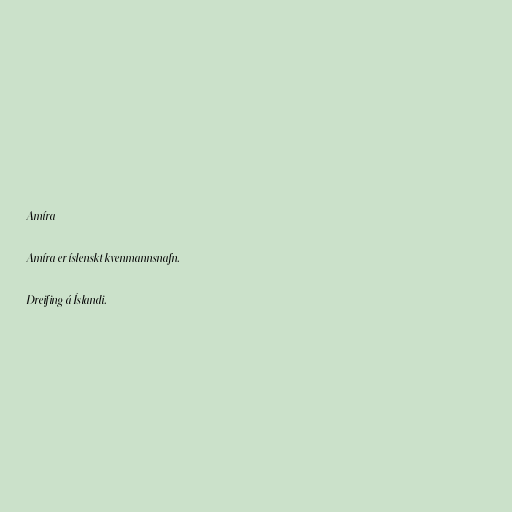
Amíra

Amíra er íslenskt kvenmannsnafn.

Dreifing á Íslandi.